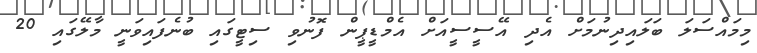
މިމައްސަލަ ބަލައިދިނުމަށް އެދި އޭސީސީއަށް އެމްޑީޕީން ފޮނުވި ސިޓީގައި ބުނެފައިވަނީ މާލޭގައި 20